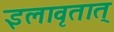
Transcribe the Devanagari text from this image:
इलावृतात्